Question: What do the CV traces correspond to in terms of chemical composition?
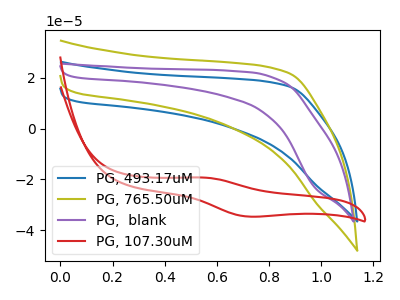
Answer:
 <answer>The blue curve is labeled "PG, 493.17uM". The olive curve is labeled "PG, 765.50uM". The purple curve is labeled "PG,  blank". The red curve is labeled "PG, 107.30uM".</answer>
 <eval></eval>